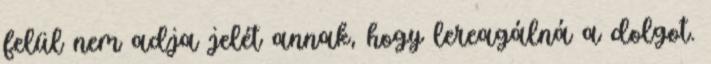
felül nem adja jelét annak, hogy lereagálná a dolgot.